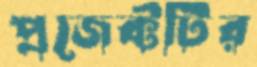
প্রজেক্টটির